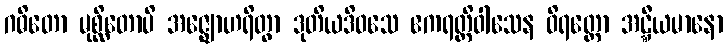
ဂဓိတော မုစ္ဆိတောပိ အဇ္ဈောဟရိတွာ ဒုတိယဒိဝသေ ဧကရတ္တိဝါသေန ဝိရတ္တော အဋ္ဋီယမာနော